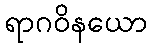
ရာဂဝိနယော